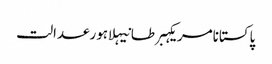
پاکستانامریکہبرطانیہلاہورعدالت